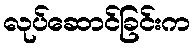
လုပ်ဆောင်ခြင်းက